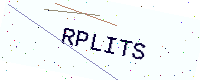
Text: RPLITS